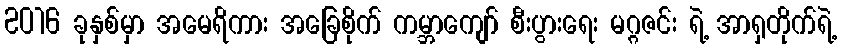
2016 ခုနှစ်မှာ အမေရိကား အခြေစိုက် ကမ္ဘာကျော် စီးပွားရေး မဂ္ဂဇင်း ရဲ့ အာရှတိုက်ရဲ့